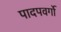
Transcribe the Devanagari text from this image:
पादपवर्गो